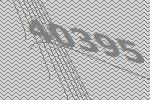
40395